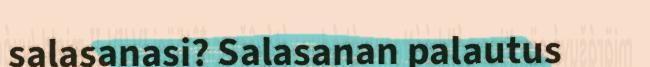
salasanasi? Salasanan palautus